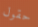
حقول